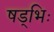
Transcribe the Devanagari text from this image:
षड्भिः